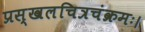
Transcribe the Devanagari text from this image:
प्रस्खलचित्रचंक्रमः।